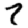
Digit: 7